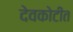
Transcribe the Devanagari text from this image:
देवकोटीत